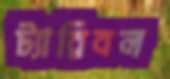
ট্যারিবল